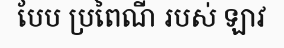
បែប ប្រពៃណី របស់ ឡាវ